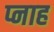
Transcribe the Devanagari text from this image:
प्नाह